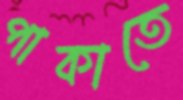
পাকাতে